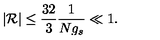
\vert { \cal R } \vert \le \frac { 3 2 } { 3 } \frac { 1 } { N g _ { s } } \ll 1 .